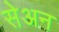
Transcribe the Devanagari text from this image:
सेअन